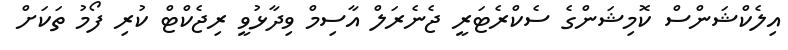
އިލެކްޝަންސް ކޮމިޝަންގެ ސެކްރެޓަރީ ޖެނެރަލް އާސިމް ވިދާޅުވީ ރިޖެކްޓް ކުރި ފޯމު ތަކަށް